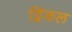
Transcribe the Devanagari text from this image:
द्विंकल